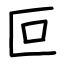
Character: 叵